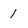
Character: 1